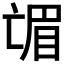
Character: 𱲼